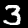
Digit: 3